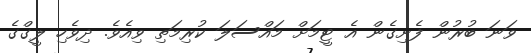
ވަނަ ބުރުން ފެށިގެން އެ ޓީމަށް މައްސަލަ ކުރިމަތި ވިއެވެ. ދިވެހި ލީގްގެ